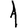
Digit: 1